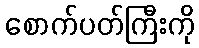
စောက်ပတ်ကြီးကို